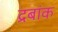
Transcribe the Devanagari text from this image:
द्रबांक